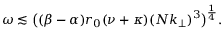
\omega \lesssim \big ( ( \beta - \alpha ) r _ { 0 } ( \nu + \kappa ) ( N k _ { \perp } ) ^ { 3 } \big ) ^ { \frac { 1 } { 4 } } .